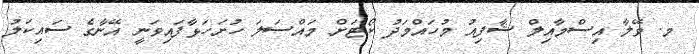
މ. ވޭލާ އިސްމާއިލް ޝާފިއު މުހައްމަދު ކޯޓަށް މައްސަލަ ހުށަހަޅާފައިވަނީ އޭނާގެ ސައިކަލު